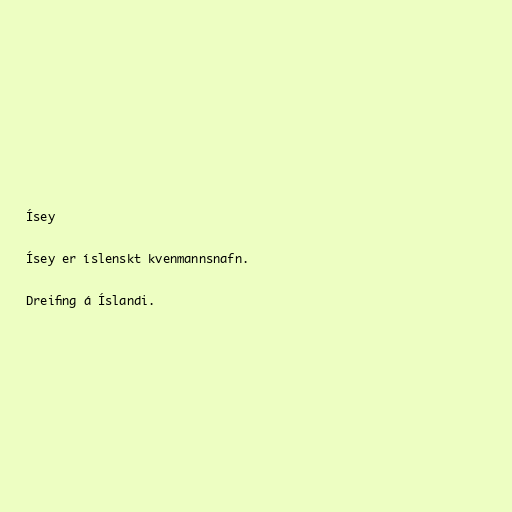
Ísey

Ísey er íslenskt kvenmannsnafn.

Dreifing á Íslandi.